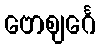
ဗောဈင်္ဂေ